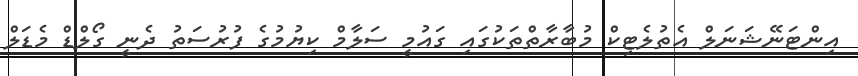
އިންޓަނޭޝަނަލް އެތުލެޓިކް މުބާރާތްތަކުގައި ގައުމީ ސަލާމް ކިޔުމުގެ ފުރުސަތު ދެނީ ގޯލްޑް މެޑަލް